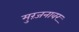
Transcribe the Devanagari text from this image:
मुरंजनावर